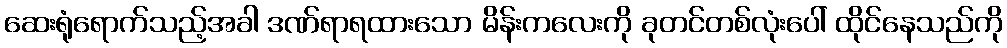
ဆေးရုံရောက်သည့်အခါ ဒဏ်ရာရထားသော မိန်းကလေးကို ခုတင်တစ်လုံးပေါ် ထိုင်နေသည်ကို